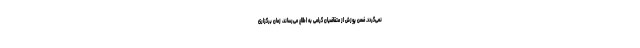
نمی‌گردد. ضمن پوزش از متقاضیان گرامی به اطلاع می‌رساند، زمان برگزاری